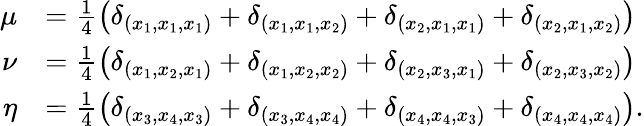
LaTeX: \begin{array}{rl}{\mu}&{=\frac{1}{4}\left(\delta_{(x_{1},x_{1},x_{1})}+\delta_{(x_{1},x_{1},x_{2})}+\delta_{(x_{2},x_{1},x_{1})}+\delta_{(x_{2},x_{1},x_{2})}\right)}\\ {\nu}&{=\frac{1}{4}\left(\delta_{(x_{1},x_{2},x_{1})}+\delta_{(x_{1},x_{2},x_{2})}+\delta_{(x_{2},x_{3},x_{1})}+\delta_{(x_{2},x_{3},x_{2})}\right)}\\ {\eta}&{=\frac{1}{4}\left(\delta_{(x_{3},x_{4},x_{3})}+\delta_{(x_{3},x_{4},x_{4})}+\delta_{(x_{4},x_{4},x_{3})}+\delta_{(x_{4},x_{4},x_{4})}\right).}\end{array}